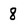
Character: 8